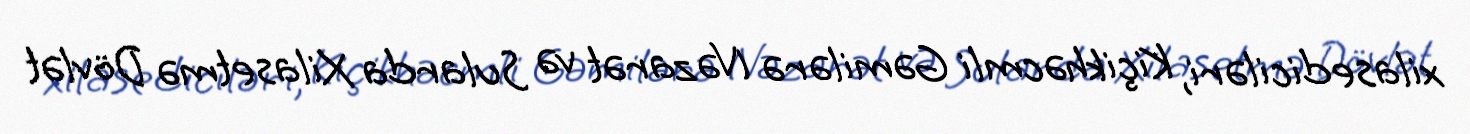
xilasediciləri, Kiçikhəcmli Gəmilərə Nəzarət və Sularda Xilasetmə Dövlət